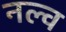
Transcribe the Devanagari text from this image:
नल्व